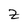
Character: z